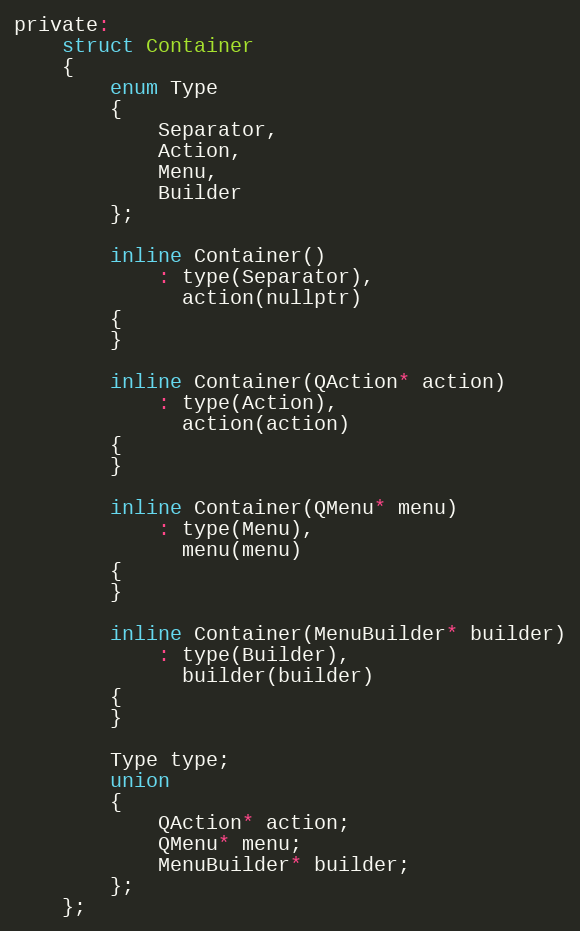
Language: C
private:
    struct Container
    {
        enum Type
        {
            Separator,
            Action,
            Menu,
            Builder
        };

        inline Container()
            : type(Separator),
              action(nullptr)
        {
        }

        inline Container(QAction* action)
            : type(Action),
              action(action)
        {
        }

        inline Container(QMenu* menu)
            : type(Menu),
              menu(menu)
        {
        }

        inline Container(MenuBuilder* builder)
            : type(Builder),
              builder(builder)
        {
        }

        Type type;
        union
        {
            QAction* action;
            QMenu* menu;
            MenuBuilder* builder;
        };
    };